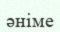
әніме